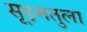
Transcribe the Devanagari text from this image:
सूक्ष्मतुला